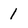
Character: 1